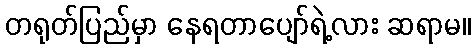
တရုတ်ပြည်မှာ နေရတာပျော်ရဲ့လား ဆရာမ။